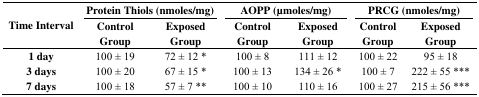
<table><thead><tr><td></td><td colspan="2"><b>Protein Thiols (nmoles/mg)</b></td><td colspan="2"><b>AOPP (μmoles/mg)</b></td><td colspan="2"><b>PRCG (nmoles/mg)</b></td></tr><tr><td><b>Time Interval</b></td><td><b>Control Group</b></td><td><b>Exposed Group</b></td><td><b>Control Group</b></td><td><b>Exposed Group</b></td><td><b>Control Group</b></td><td><b>Exposed Group</b></td></tr></thead><tbody><tr><td><b>1 day</b></td><td>100 ± 19</td><td>72 ± 12 <sup>*</sup></td><td>100 ± 8</td><td>111 ± 12</td><td>100 ± 22</td><td>95 ± 18</td></tr><tr><td><b>3 days</b></td><td>100 ± 20</td><td>67 ± 15 <sup>*</sup></td><td>100 ± 13</td><td>134 ± 26 <sup>*</sup></td><td>100 ± 7</td><td>222 ± 55 ***</td></tr><tr><td><b>7 days</b></td><td>100 ± 18</td><td>57 ± 7 **</td><td>100 ± 10</td><td>110 ± 16</td><td>100 ± 27</td><td>215 ± 56 ***</td></tr></tbody></table>